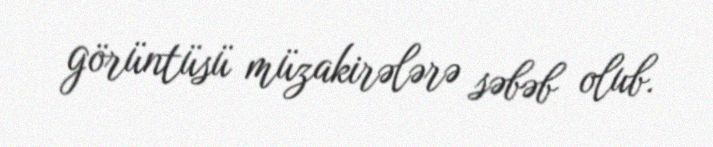
görüntüsü müzakirələrə səbəb olub.